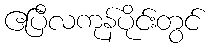
ဧပြီလကုန်ပိုင်းတွင်